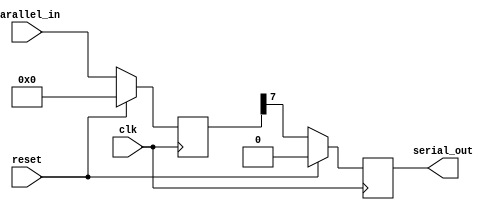
module parallel_in_serial_out (
  input wire clk,
  input wire reset,
  input wire [7:0] parallel_in,
  output wire serial_out
);

  reg [7:0] data;
  reg [7:0] temp;

  always @(posedge clk) begin
    if (reset) begin
      data <= 8'b0;
      temp <= 8'b0;
    end
    else begin
      temp <= parallel_in;
      data <= {data[6:0], temp[7]};
    end
  end

  assign serial_out = data[0];

endmodule